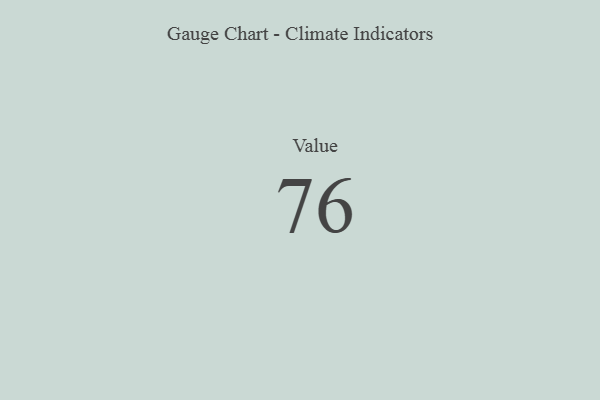
{"axis": {"x": "Metric", "y": "Value"}, "legend": [""], "data": [{"x": "Value", "y": 76, "type": ""}]}